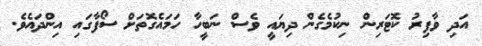
އަދި ވާފިރު ކޮޓަރިން ނިކުމެގެން ދިޔައީ ވެސް ނަބީހާ ހަމައެގޮތަށް ސޯފާގައި އިންދައެވެ.